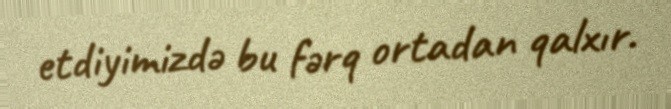
etdiyimizdə bu fərq ortadan qalxır.